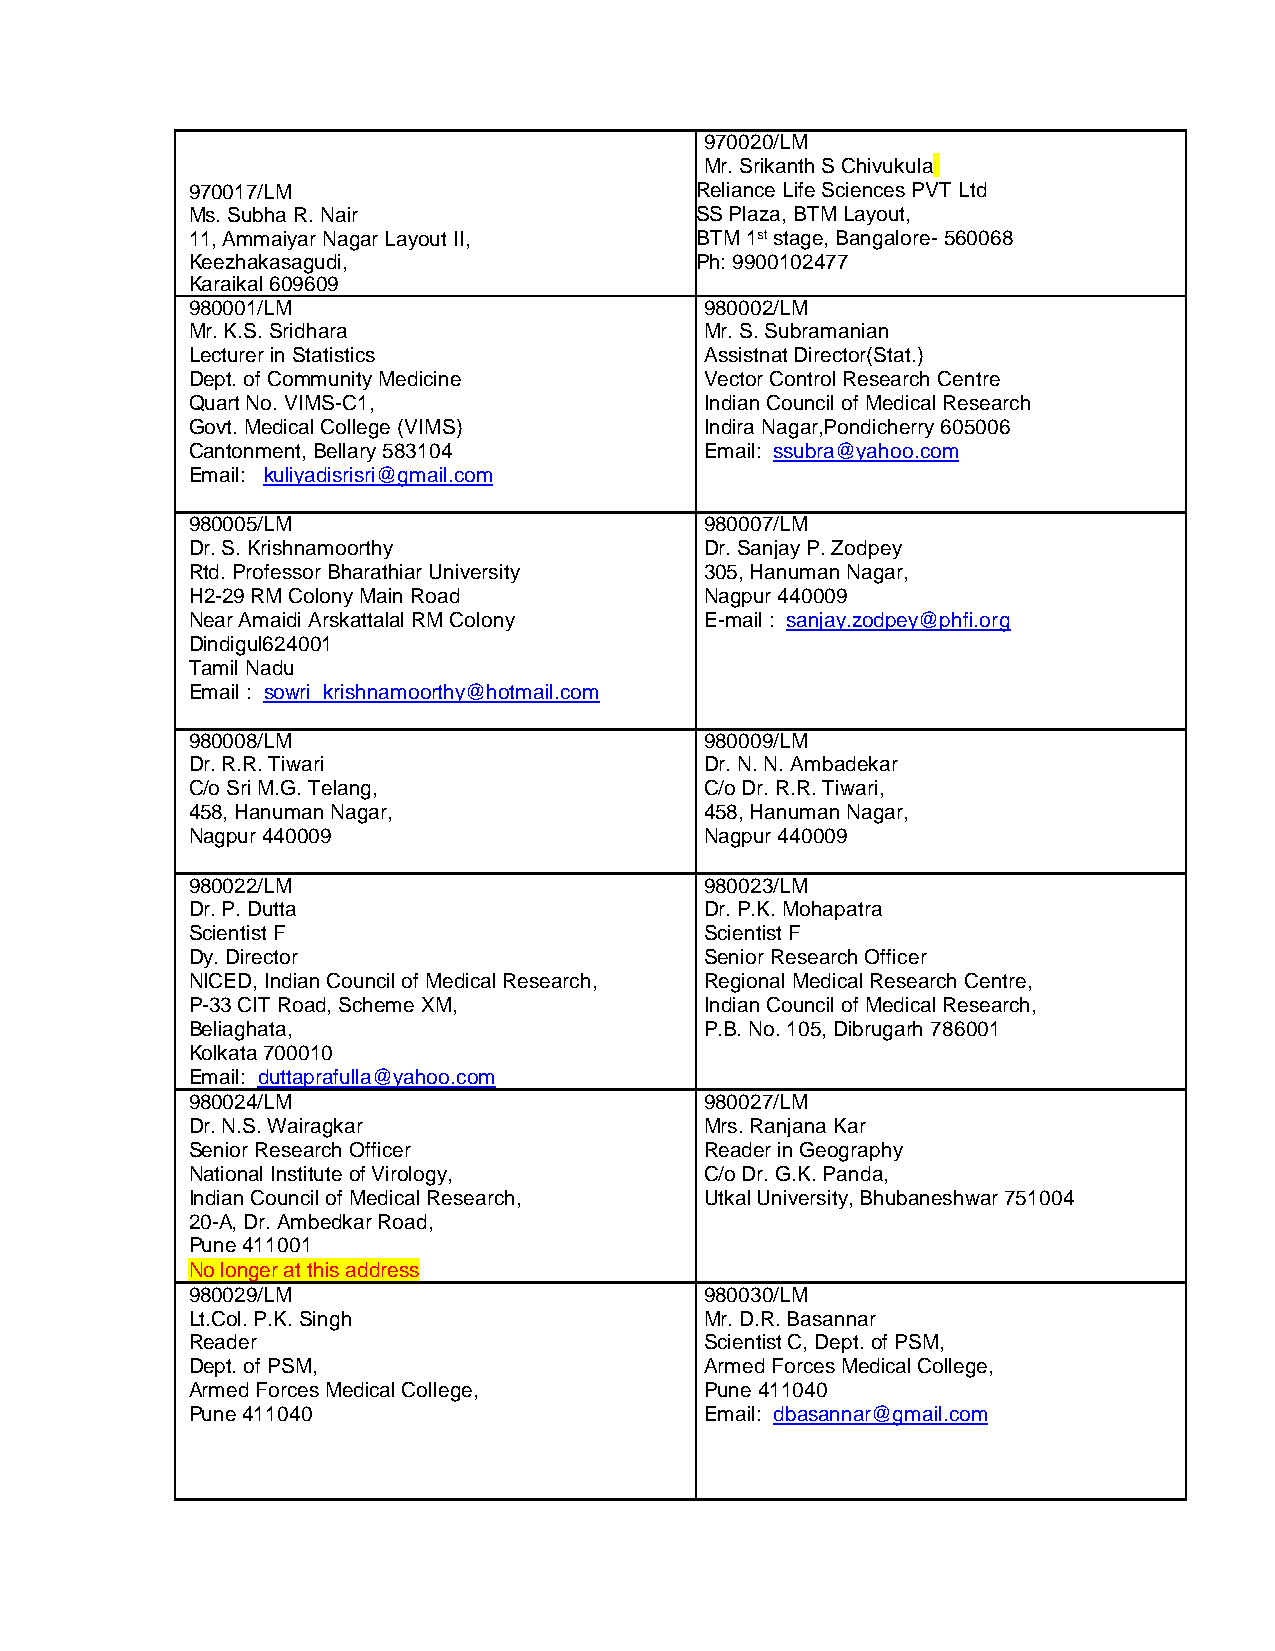
970020/LM
 Mr. Srikanth S Chivukula
 970017/LM                         Reliance Life Sciences PVT Ltd
 Ms. Subha R. Nair                 SS Plaza, BTM Layout,
 11, Ammaiyar Nagar Layout II,     BTM 1st stage, Bangalore- 560068
 Keezhakasagudi,                   Ph: 9900102477
 Karaikal 609609
 980001/LM                          980002/LM
 Mr. K.S. Sridhara                  Mr. S. Subramanian
 Lecturer in Statistics             Assistnat Director(Stat.)
 Dept. of Community Medicine        Vector Control Research Centre
 Quart No. VIMS-C1,                 Indian Council of Medical Research
 Govt. Medical College (VIMS)       Indira Nagar,Pondicherry 605006
 Cantonment, Bellary 583104         Email: ssubra@yahoo.com
 Email: kuliyadisrisri@gmail.com
 980005/LM                          980007/LM
 Dr. S. Krishnamoorthy              Dr. Sanjay P. Zodpey
 Rtd. Professor Bharathiar University 305, Hanuman Nagar,
 H2-29 RM Colony Main Road          Nagpur 440009
 Near Amaidi Arskattalal RM Colony  E-mail : sanjay.zodpey@phfi.org
 Dindigul624001
 Tamil Nadu
 Email : sowri_krishnamoorthy@hotmail.com
 980008/LM                          980009/LM
 Dr. R.R. Tiwari                    Dr. N. N. Ambadekar
 C/o Sri M.G. Telang,               C/o Dr. R.R. Tiwari,
 458, Hanuman Nagar,                458, Hanuman Nagar,
 Nagpur 440009                      Nagpur 440009
 980022/LM                          980023/LM
 Dr. P. Dutta                       Dr. P.K. Mohapatra
 Scientist F                        Scientist F
 Dy. Director                       Senior Research Officer
 NICED, Indian Council of Medical Research, Regional Medical Research Centre,
 P-33 CIT Road, Scheme XM,          Indian Council of Medical Research,
 Beliaghata,                        P.B. No. 105, Dibrugarh 786001
 Kolkata 700010
 Email: duttaprafulla@yahoo.com
 980024/LM                          980027/LM
 Dr. N.S. Wairagkar                 Mrs. Ranjana Kar
 Senior Research Officer            Reader in Geography
 National Institute of Virology,    C/o Dr. G.K. Panda,
 Indian Council of Medical Research, Utkal University, Bhubaneshwar 751004
 20-A, Dr. Ambedkar Road,
 Pune 411001
 No longer at this address
 980029/LM                          980030/LM
 Lt.Col. P.K. Singh                 Mr. D.R. Basannar
 Reader                             Scientist C, Dept. of PSM,
 Dept. of PSM,                      Armed Forces Medical College,
 Armed Forces Medical College,      Pune 411040
 Pune 411040                        Email: dbasannar@gmail.com